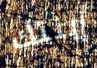
إبنتك